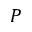
P